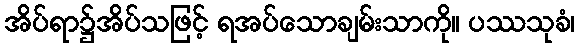
အိပ်ရာ၌အိပ်သဖြင့် ရအပ်သောချမ်းသာကို။ ပဿသုခံ၊